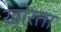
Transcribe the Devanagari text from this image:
खोरता